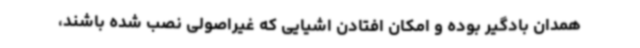
همدان بادگیر بوده و امکان افتادن اشیایی که غیراصولی نصب شده باشند،